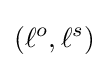
(\ell ^{o},\ell ^{s})